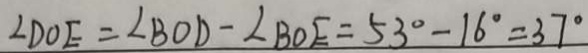
\angle D O E = \angle B O D - \angle B O E = 5 3 ^ { \circ } - 1 6 ^ { \circ } = 3 7 ^ { \circ }